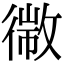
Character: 幑